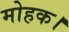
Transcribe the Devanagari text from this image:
मोहक।